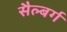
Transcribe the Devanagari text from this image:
सैल्बर्ग